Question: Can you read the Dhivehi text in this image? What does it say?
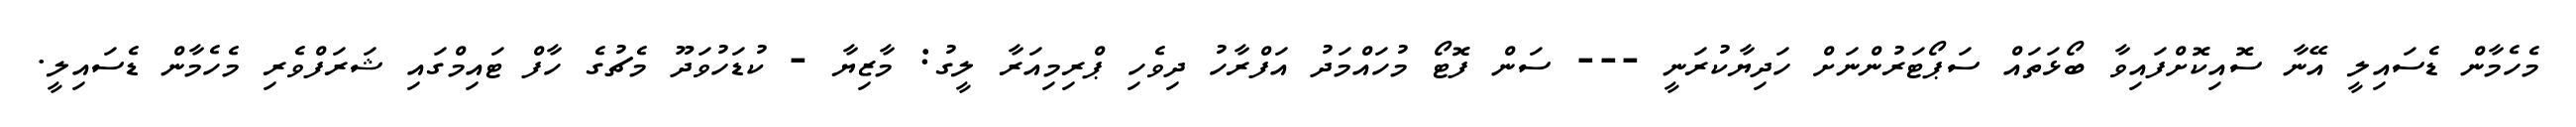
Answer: މެހެމާން ޑެސައިލީ އޭނާ ސޮއިކޮށްފައިވާ ބޯޅަތައް ސަޕޯޓަރުންނަށް ހަދިޔާކުރަނީ --- ސަން ފޮޓޯ މުހައްމަދު އަފްރާހު ދިވެހި ޕްރިމިއަރާ ލީގު: މާޒިޔާ - ކުޑަހުވަދޫ މެޗުގެ ހާފް ޓައިމްގައި ޝަރަފްވެރި މެހެމާން ޑެސައިލީ.